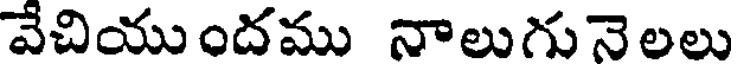
వేచియుందము నాలుగునెలలు